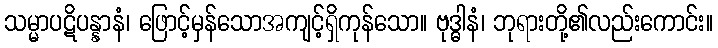
သမ္မာပဋိပန္နာနံ၊ ဖြောင့်မှန်သောအကျင့်ရှိကုန်သော။ ဗုဒ္ဓါနံ၊ ဘုရားတို့၏လည်းကောင်း။